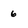
Character: 6